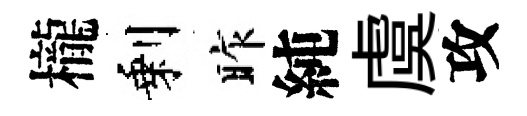
櫳剩昨純虞攻